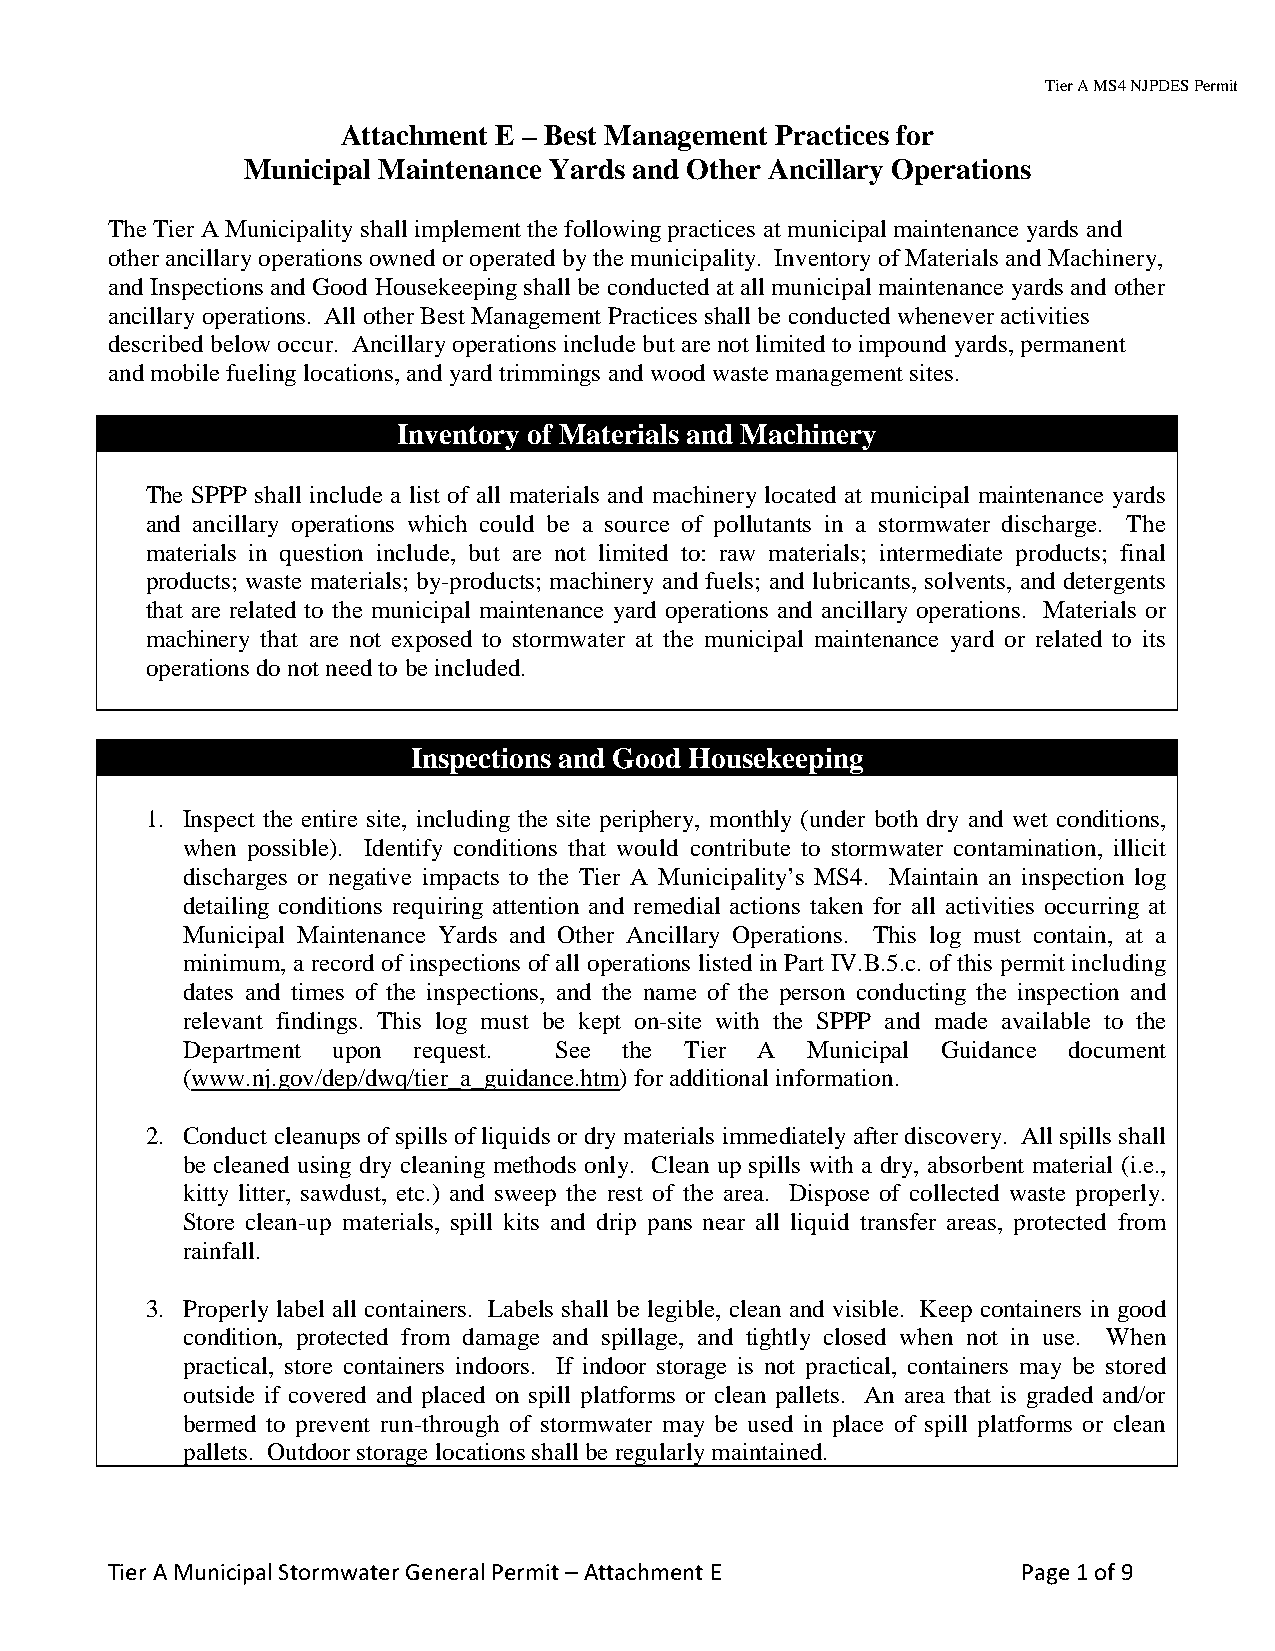
Tier A MS4 NJPDES Permit
 Attachment E – Best Management Practices for
 Municipal Maintenance Yards and Other Ancillary Operations
 The Tier A Municipality shall implement the following practices at municipal maintenance yards and
 other ancillary operations owned or operated by the municipality. Inventory of Materials and Machinery,
 and Inspections and Good Housekeeping shall be conducted at all municipal maintenance yards and other
 ancillary operations. All other Best Management Practices shall be conducted whenever activities
 described below occur. Ancillary operations include but are not limited to impound yards, permanent
 and mobile fueling locations, and yard trimmings and wood waste management sites.
 Inventory of Materials and Machinery
 The SPPP shall include a list of all materials and machinery located at municipal maintenance yards
 and ancillary operations which could be a source of pollutants in a stormwater discharge. The
 materials in question include, but are not limited to: raw materials; intermediate products; final
 products; waste materials; by-products; machinery and fuels; and lubricants, solvents, and detergents
 that are related to the municipal maintenance yard operations and ancillary operations. Materials or
 machinery that are not exposed to stormwater at the municipal maintenance yard or related to its
 operations do not need to be included.
 Inspections and Good Housekeeping
 1. Inspect the entire site, including the site periphery, monthly (under both dry and wet conditions,
 when possible). Identify conditions that would contribute to stormwater contamination, illicit
 discharges or negative impacts to the Tier A Municipality’s MS4. Maintain an inspection log
 detailing conditions requiring attention and remedial actions taken for all activities occurring at
 Municipal Maintenance Yards and Other Ancillary Operations. This log must contain, at a
 minimum, a record of inspections of all operations listed in Part IV.B.5.c. of this permit including
 dates and times of the inspections, and the name of the person conducting the inspection and
 relevant findings. This log must be kept on-site with the SPPP and made available to the
 Department upon request. See the Tier A  Municipal Guidance document
 (www.nj.gov/dep/dwq/tier_a_guidance.htm) for additional information.
 2. Conduct cleanups of spills of liquids or dry materials immediately after discovery. All spills shall
 be cleaned using dry cleaning methods only. Clean up spills with a dry, absorbent material (i.e.,
 kitty litter, sawdust, etc.) and sweep the rest of the area. Dispose of collected waste properly.
 Store clean-up materials, spill kits and drip pans near all liquid transfer areas, protected from
 rainfall.
 3. Properly label all containers. Labels shall be legible, clean and visible. Keep containers in good
 condition, protected from damage and spillage, and tightly closed when not in use. When
 practical, store containers indoors. If indoor storage is not practical, containers may be stored
 outside if covered and placed on spill platforms or clean pallets. An area that is graded and/or
 bermed to prevent run-through of stormwater may be used in place of spill platforms or clean
 pallets. Outdoor storage locations shall be regularly maintained.
 Tier A Municipal Stormwater General Permit – Attachment E    Page 1 of 9